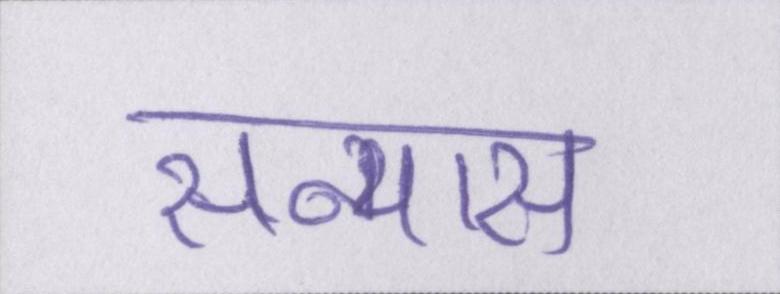
सन्यास